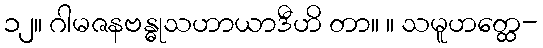
၁၂။ ဂါမဇနဗန္ဓုသဟာယာဒီဟိ တာ။ ။ သမူဟတ္ထေ-